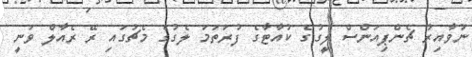
ނުވާއިރު ޗެންޕިއަންސް ލީގުގެ ކުއާޓާގެ ފުރަތަމަ ލެގުގެ މެޗުގައި ރޭ ރެއާލް ވަނީ